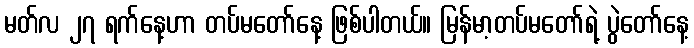
မတ်လ ၂၇ ရက်နေ့ဟာ တပ်မတော်နေ့ ဖြစ်ပါတယ်။ မြန်မာ့တပ်မတော်ရဲ့ ပွဲတော်နေ့